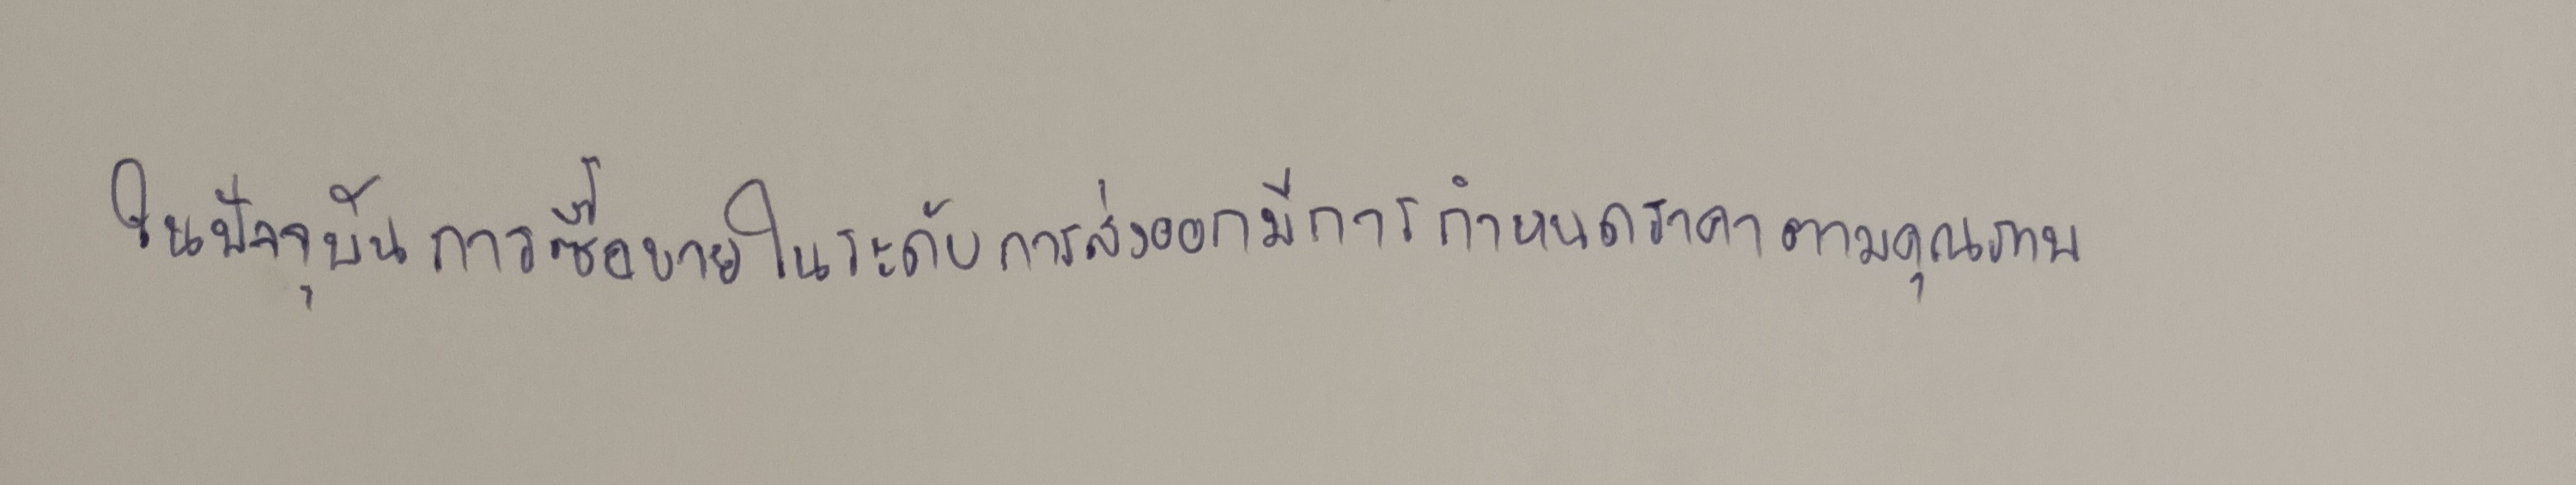
ในปัจจุบันการซื้อขายในระดับการส่งออกมีการกำหนดราคาตามคุณภาพ